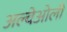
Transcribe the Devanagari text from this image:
अल्वेओली